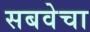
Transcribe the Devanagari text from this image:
सबवेचा